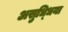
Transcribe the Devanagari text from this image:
असुध्धिया